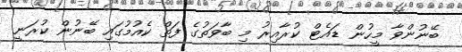
ބޭނުންވާ މީހުން ޑައެޓް ކުރާއިރު މި ބާވަތުގެ ފަތް ކެއުމުގައި ބޭނުން ކުރަނީ